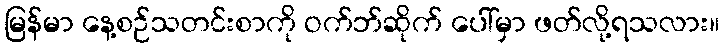
မြန်မာ နေ့စဉ်သတင်းစာကို ဝက်ဘ်ဆိုက် ပေါ်မှာ ဖတ်လို့ရသလား။